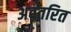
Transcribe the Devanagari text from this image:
अवतरित